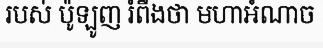
របស់ ប៉ូឡូញ រំពឹងថា មហាអំណាច